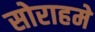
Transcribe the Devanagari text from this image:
सोराहमे